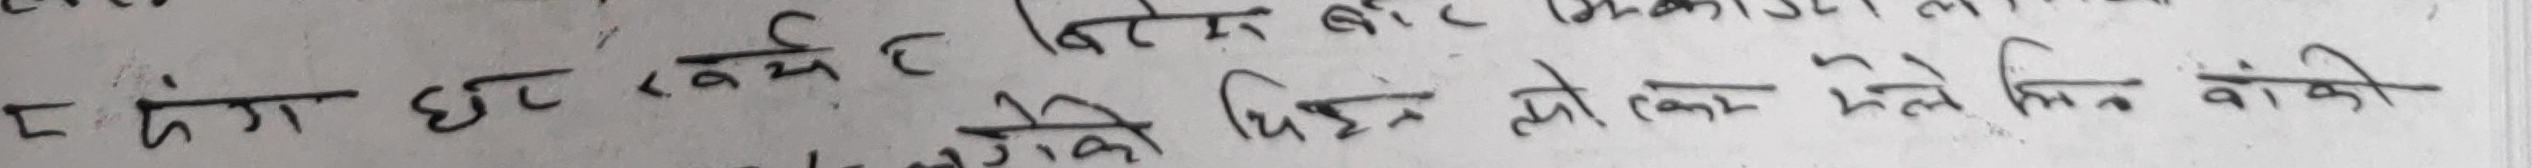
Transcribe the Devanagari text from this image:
र दंग घटर खर्च भएर बाकी